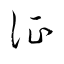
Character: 証